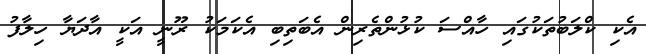
އެކި ކްލަބުތަކުގައި ހާއްސަ ކުޅުންތެރިން އެބަތިބި އެކަމަކު ރޫނީ އަކީ އާދަޔާ ހިލާފު